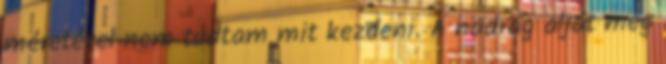
méretével nem tudtam mit kezdeni. A nadrág alját meg